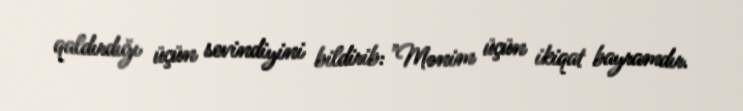
qaldırdığı üçün sevindiyini bildirib: "Mənim üçün ikiqat bayramdır.